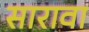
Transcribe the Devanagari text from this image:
सारावा